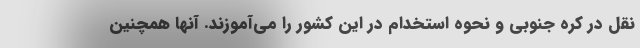
نقل در کره جنوبی و نحوه استخدام در این کشور را می‌آموزند. آنها همچنین